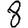
Digit: 8